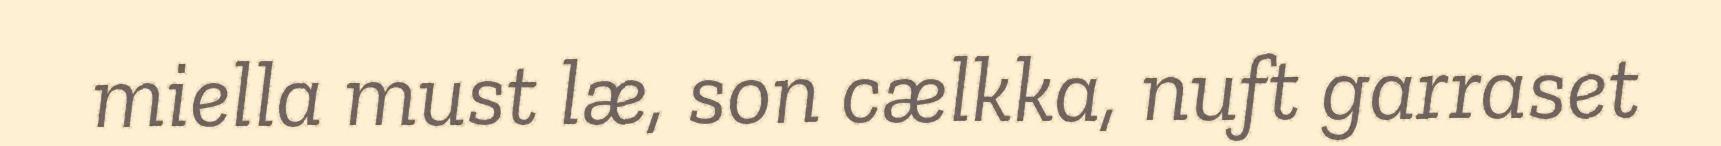
miella must læ, son cælkka, nuft garraset